Indian journal of veterinary science and animal husbandry - Volumes 15-17, 1948-1951
Year: 1948
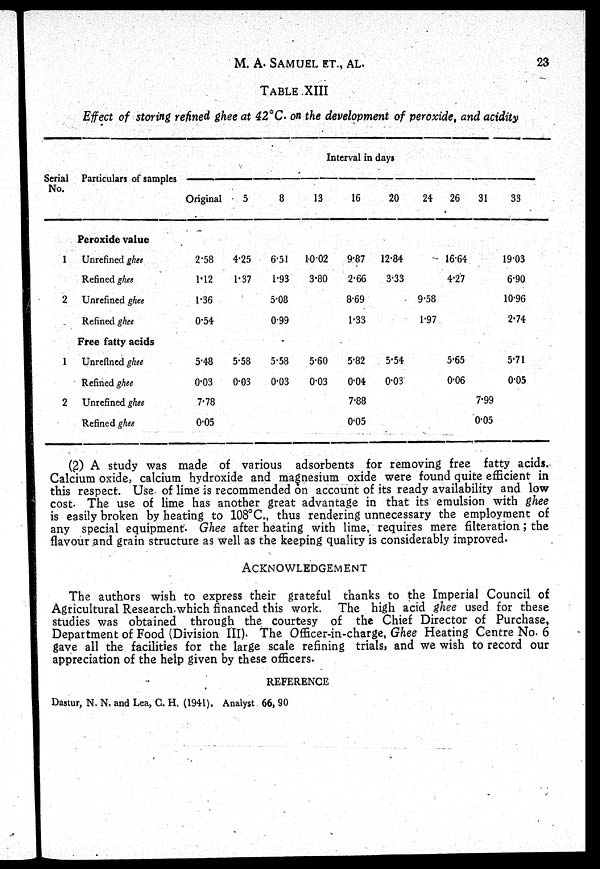
M.
A.
SAMUEL
ET.,
AL.
23
TABLE XIII
Effect of storing refined ghee at 42°C. on the development of peroxide, and acidity
Serial
No.
I
2
1
2
Particulars of samples
Peroxide value
Unrefined ghee
Refined ghee
Unrefined ghee
Refined ghee
Free fatty acids
Unrefined ghee
Refined ghee
Unrefined ghee
Refined ghee
Interval in days
Original
2.58
1.12
1.36
0.54
5.48
0.03
7.78
0.05
5
4.25
1.37
5.58
0.03
8
6.51
1.93
5.08
0.99
5.58
0.03
13
10.02
3.80
5.60
0.03
16
9.87
2.66
8.69
1.33
5.82
0.04
7.88
0.05
20
12.84
3.33
5.54
0.03
24
9.58
1.97
26
16.64
4.27
5.65
0.06
31
7.99
0.05
33
19.03
6.90
10.96
2.74
5.71
0.05
(2) A study was made of various adsorbents for removing free fatty acids.
Calcium oxide, calcium hydroxide and magnesium oxide were found quite efficient in
this respect. Use of lime is recommended on account of its ready availability and low
cost. The use of lime has another great advantage in that its emulsion with ghee
is easily broken by heating to 108°C., thus rendering unnecessary the employment of
any special equipment. Ghee after heating with lime, requires mere filteration ; the
flavour and grain structure as well as the keeping quality is considerably improved.
ACKNOWLEDGEMENT
The authors wish to express their grateful thanks to the Imperial Council of
Agricultural Research which financed this work. The high acid ghee used for these
studies was obtained through the courtesy of the Chief Director of Purchase,
Department of Food (Division III). The Officer-in-charge, Ghee Heating Centre No. 6
gave all the facilities for the large scale refining trials, and we wish to record our
appreciation of the help given by these officers.
REFERENCE
Dastur, N. N. and Lea, C. H. (1941). Analyst 66, 90